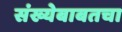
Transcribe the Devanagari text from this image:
संख्येबाबतचा